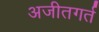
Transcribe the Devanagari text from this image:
अजीतगर्त